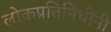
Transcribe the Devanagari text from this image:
लोकप्रतिनिधींनी